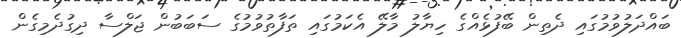
ބައްދަލުވުމުގައި ދެތިން ބޭފުޅެއްގެ ހިޔާލު މާލޭ އެކަމުގައި ތަފާތުވުމުގެ ސަބަބުން ޖަލްސާ ދިގުދެމިގެން